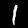
Label: 1